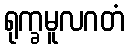
ရုက္ခမူလဂတံ